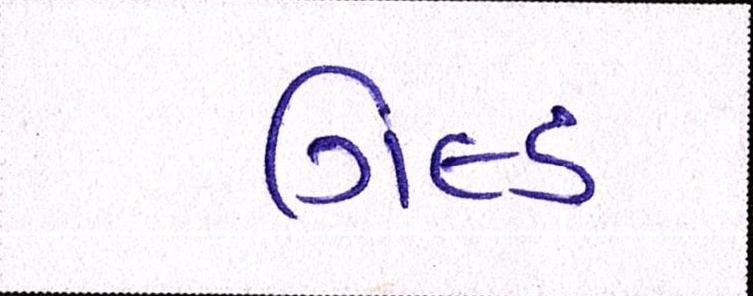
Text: ગિલ્ડ